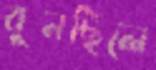
বুনছিলে